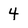
Character: 4